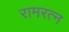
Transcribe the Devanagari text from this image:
रामरत्‍न